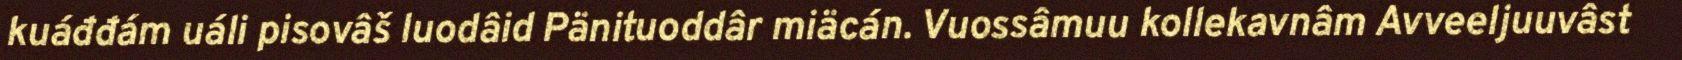
kuáđđám uáli pisovâš luodâid Pänituoddâr miäcán. Vuossâmuu kollekavnâm Avveeljuuvâst